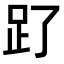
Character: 𧾿